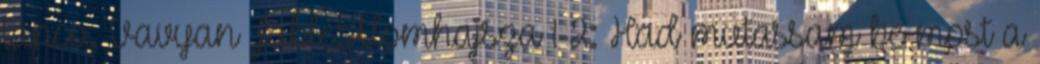
tánco. Vavyan Fable:Álomhajsza 1-2: Had mutassam be most a